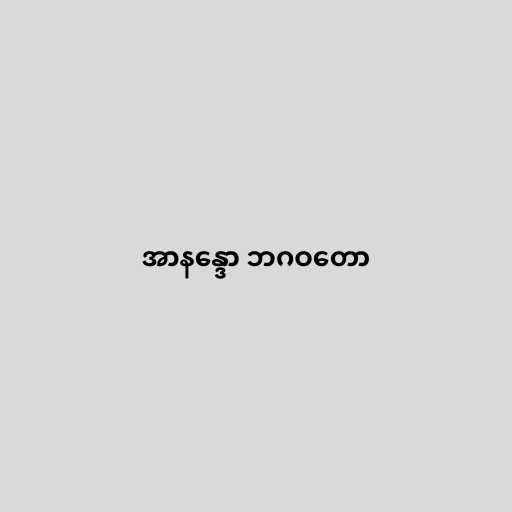
အာနန္ဒော ဘဂဝတော